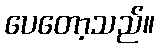
ပေတော့သည်။